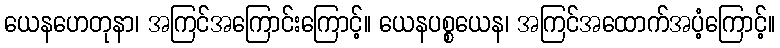
ယေနဟေတုနာ၊ အကြင်အကြောင်းကြောင့်။ ယေနပစ္စယေန၊ အကြင်အထောက်အပံ့ကြောင့်။